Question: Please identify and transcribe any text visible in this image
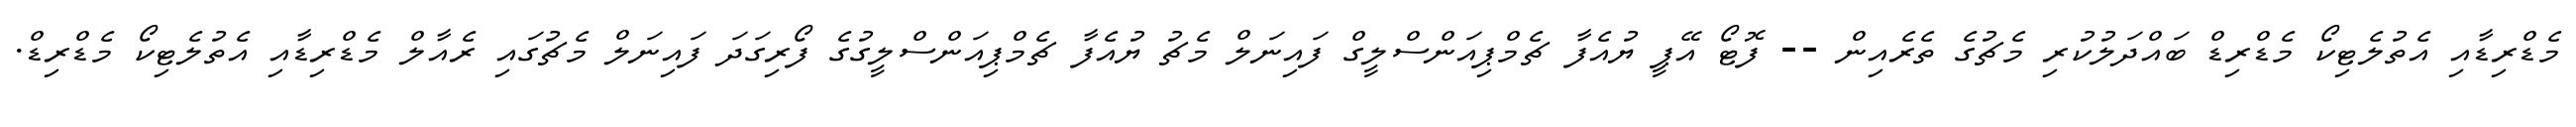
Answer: މެޑްރިޑާއި އެތުލެޓިކޯ މެޑްރިޑް ބައްދަލުކުރި މެޗުގެ ތެރެއިން -- ފޮޓޯ އޭޕީ ޔުއެފާ ޗެމްޕިއަންސްލީގް ފައިނަލް މެޗު ޔުއެފާ ޗެމްޕިއަންސްލީގުގެ ފޯރިގަދަ ފައިނަލް މެޗުގައި ރެއާލް މެޑްރިޑާއި އެތުލެޓިކޯ މެޑްރިޑް.